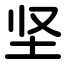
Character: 坚